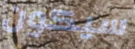
سيكون